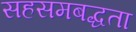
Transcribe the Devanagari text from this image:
सहसमबद्धता